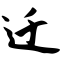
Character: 迁